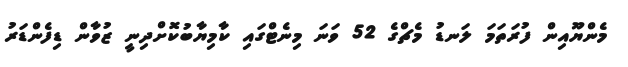
މެންޔޫއިން ފުރަތަމަ ލަނޑު މެޗްގެ 52 ވަނަ މިނެޓްގައި ކާމިޔާބުކޮށްދިނީ ޒުވާން ޑިފެންޑަރު